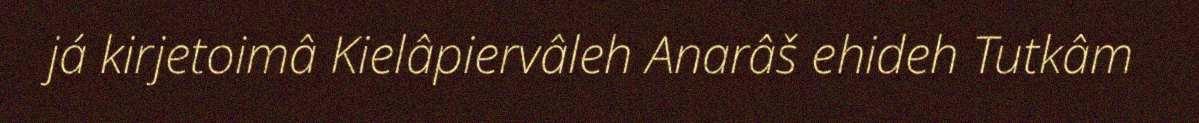
já kirjetoimâ Kielâpiervâleh Anarâš ehideh Tutkâm